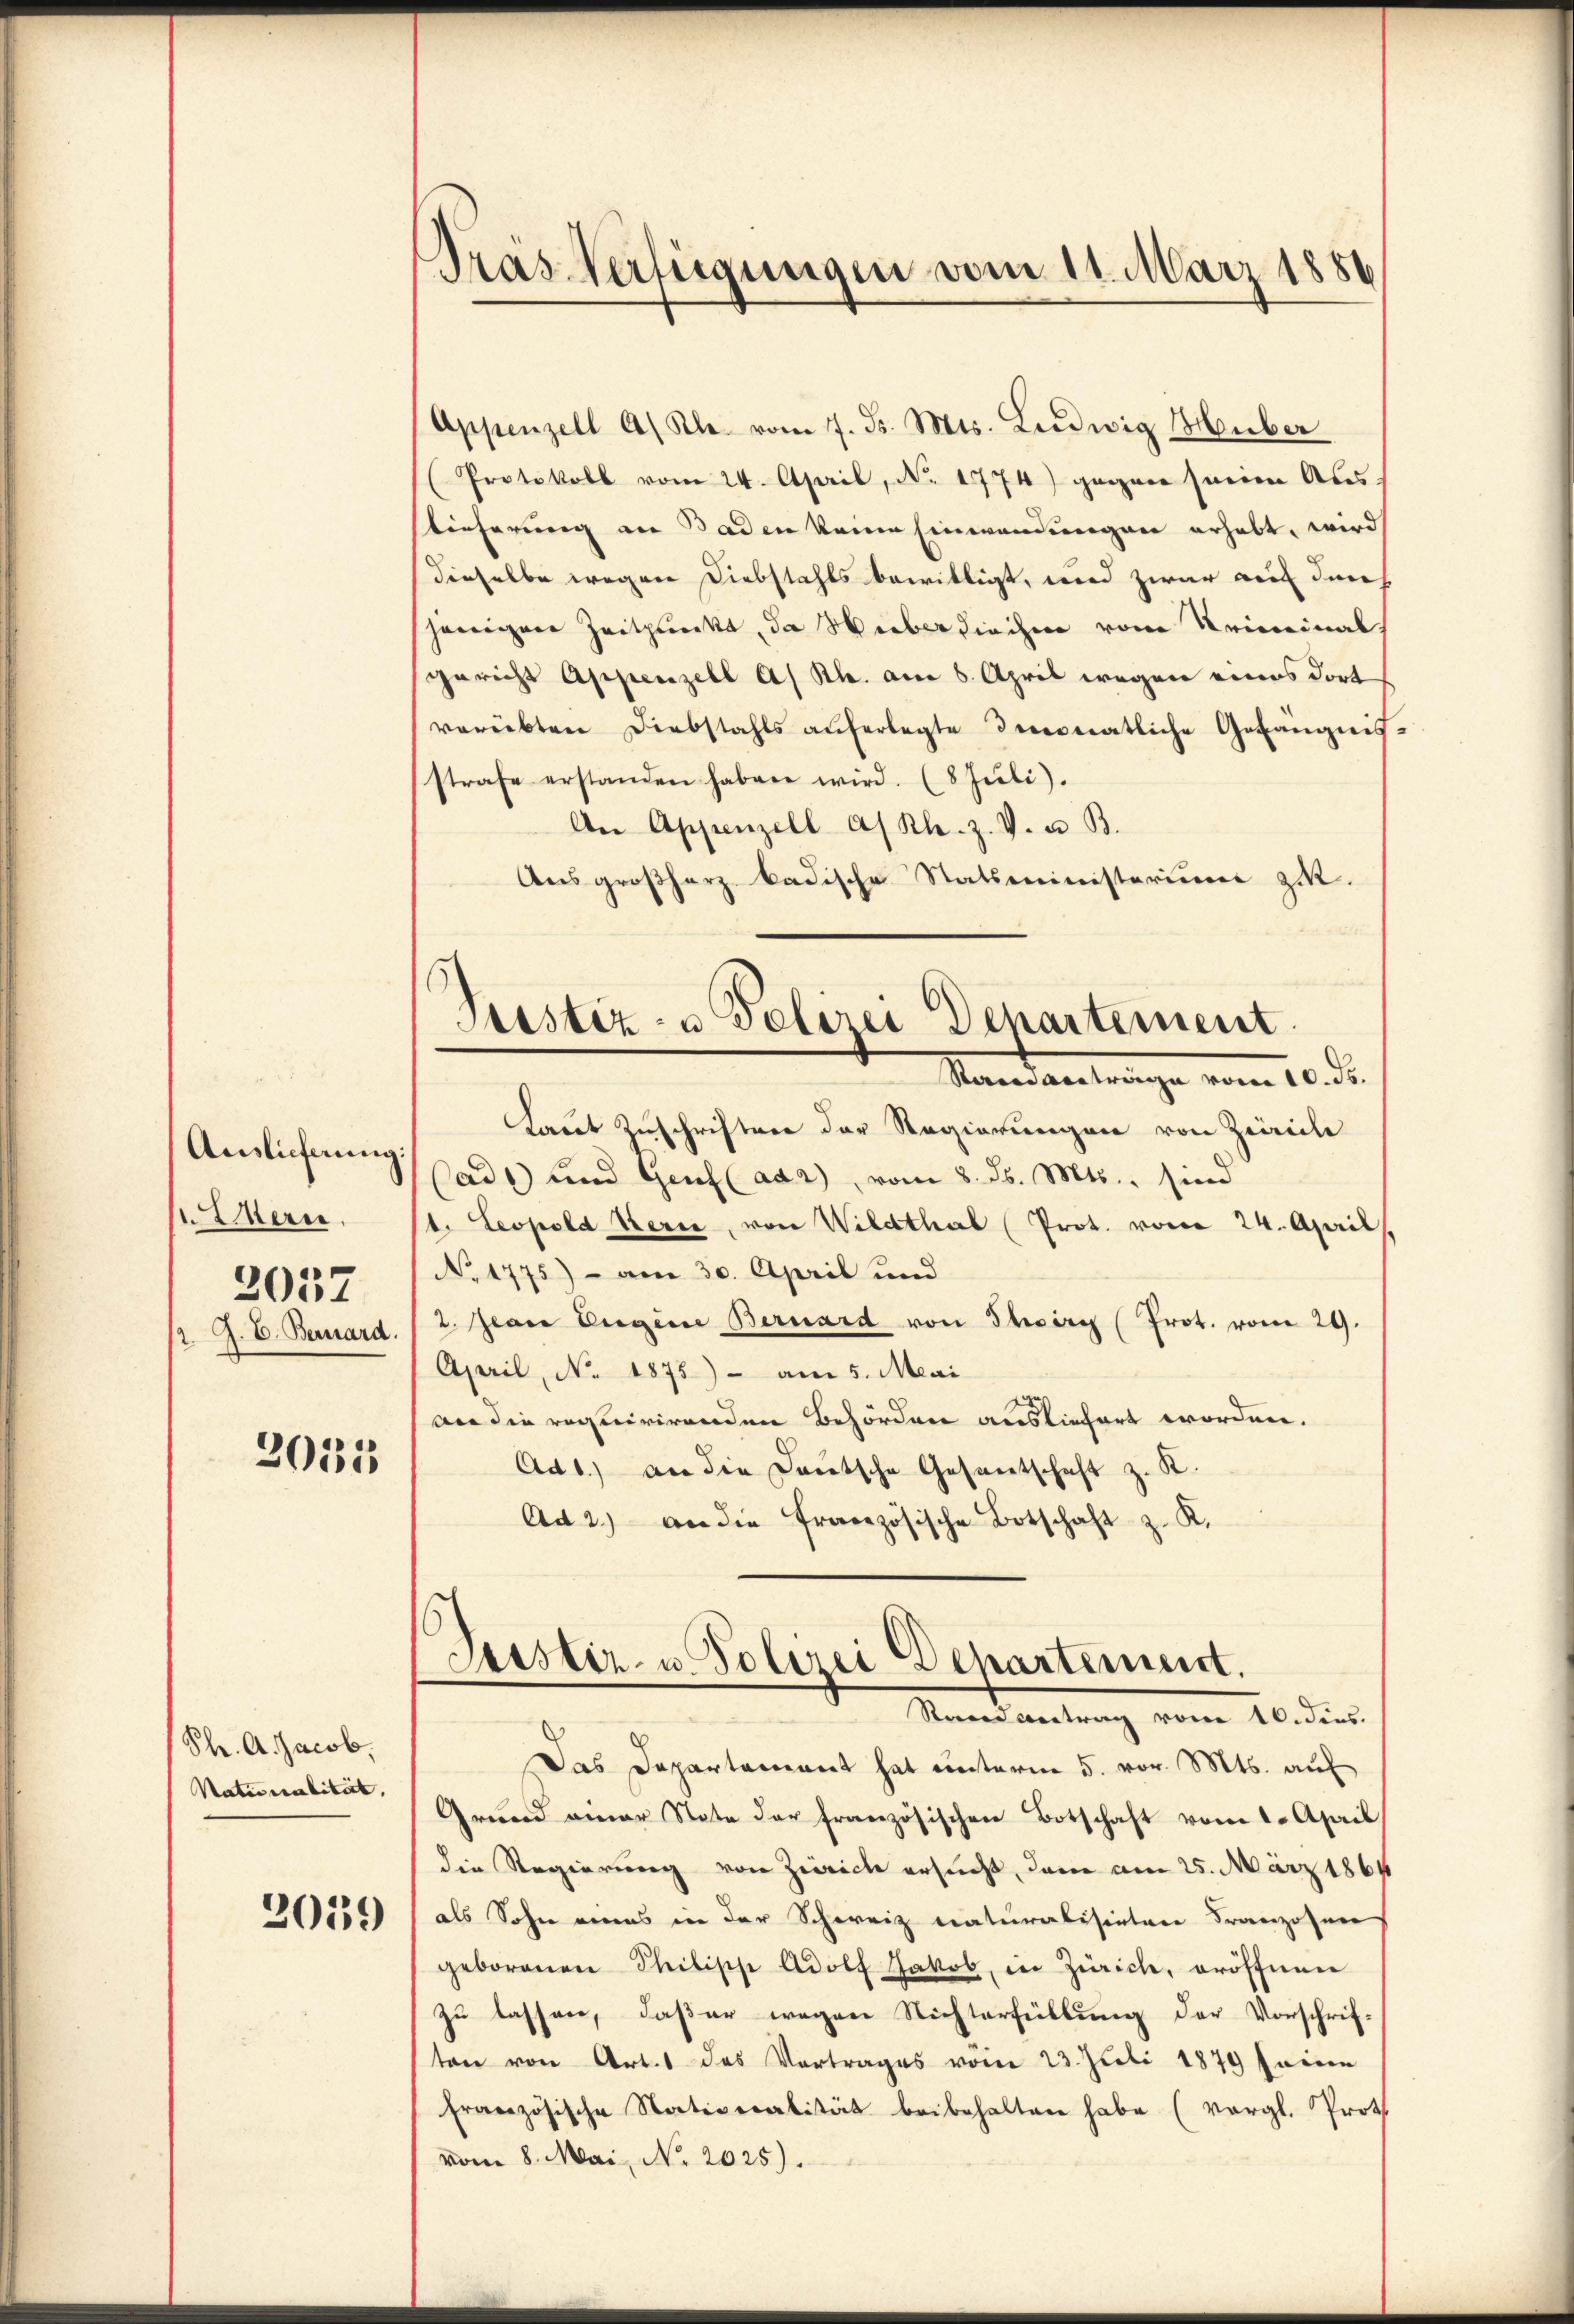
Auslieferung:
 Eern.
2057

2033

Ph. A. Jacob.
Nationalität,

2039

Pras Verfügungen vom 11. März 1886

Appenzell A/ Kl. vom 7. d. Mts. Ludwig Huber
Protokoll vom 24. April, No. 1774) gegen seien Aus
lieferung an Baden keine Einwendungen erhabt, wird
dieselbe wegen Diebstahls bewilligt, und zwar auf durch
jenigen Zeitpunkt, da Weber diechen vom Kriminal
gericht Appenzell A/Rh. am 6. April wegen eines dort
verübten Diebstahls auferlegte Inconatliche Gefängnis
strafe erstanden haben wird. (8 Juli).
An Appenzell A/ Kl. z. V. u. B.
Ausgroßherz badische Statsministeriums zit.
Laut Zuschriften der Regierungen von Zürich
(ad 1) und Genf (ada), vom 8. d. Mts., sind
t. Leopold Serie, von Wildthal (Prot. vom 24. April,
No 1775) - am 30. April und
J. C. Bernard.  2. Jan Eugene Bernard von Schirr (Prot. vom 29.
April, No. 1875) - am 5. Mai
an die requirirenden Behörden ausliefert worden.
Ad 1) an die Deutsche Gesantschaft z. K.
Ad 2.) an die französische Botschaft z. K.
Justiz- u. Polizei Departement.
Randvertrag vom 16. dens.
Das Departement hat unterm 5. vor. Mts. auf
Grund einer State der französischen Botschaft vom 2. April,
die Regierung von Zürich ersucht, dem am 25. März 1864
als Sohn eines in der Schweiz naturalisirten Franzosen
geborenen Philische Adolf Jakob, in Zürich, eröffnen
zu lassen, daß er wegen Nichterfüllung der Vorschrif-
ton von Art. 1 des Vortrages vom 23. Juli 1879 seinen
französische Nativeralität beibehalten habe (vergl. Proth
vom 8. Mai, No. 2025).

Testiz- & Polizei Departement
Standantrage vom 10. ds.